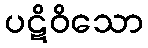
ပဋိဝိသော